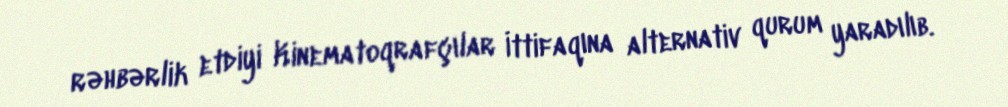
rəhbərlik etdiyi Kinematoqrafçılar İttifaqına alternativ qurum yaradılıb.